Senior Leaving Certificate Examination (including Day School Certificate (Higher) General paper), 1948
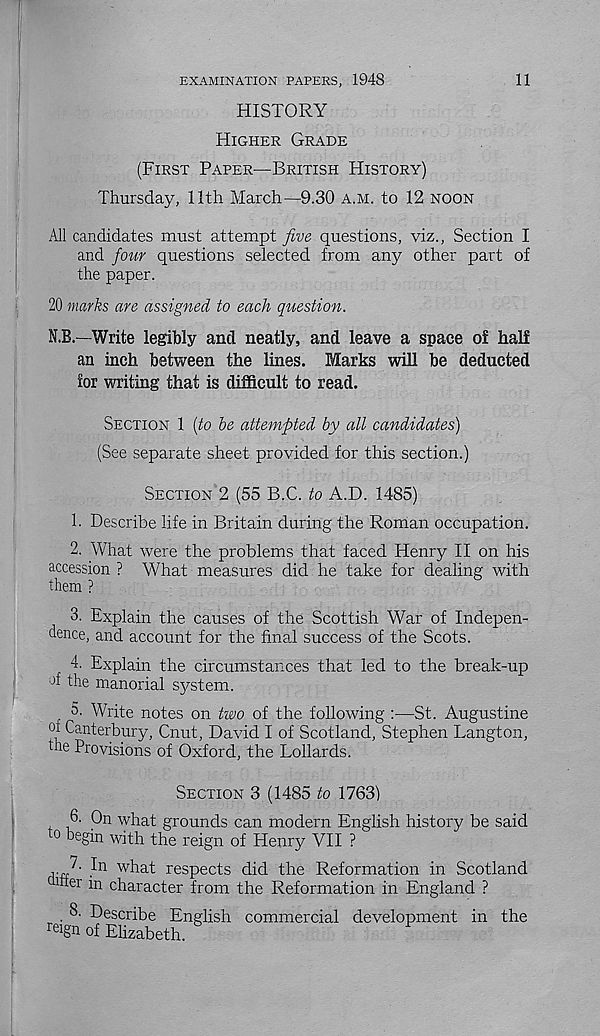
11
EXAMINATION PAPERS, 1948
HISTORY
HIGHER GRADE
(FIRST PAPER—BRITISH HISTORY)
Thursday, 11th March—9.30 A.M. to 12 NOON
All candidates must attempt five questions, viz., Section I
and four questions selected from any other part of
the paper.
20 marks are assigned to each question.
N.B.—Write legibly and neatly, and leave a space of half
an inch between the lines. Marks will be deducted
for writing that is difficult to read.
SECTION 1 (to be attempted by all candidates)
(See separate sheet provided for this section.)
SECTION 2 (55 B.C. to A.D. 1485)
1. Describe life in Britain during the Roman occupation.
2. What were the problems that faced Henry II on his
accession ? What measures did he take for dealing with
them ?
3. Explain the causes of the Scottish War of Indepen-
dence, and account for the final success of the Scots.
4. Explain the circumstances that led to the break-up
the manorial sj^stem.
. 5. Write notes on two of the following :—St. Augustine
°i Canterbury, Cnut, David I of Scotland, Stephen Langton,
the Provisions of Oxford, the Lollards.
SECTION 3 (1485 to 1763)
6. On what grounds can modern English history be said
to begin with the reign of Henry VII ?
7. In what respects did the Reformation in Scotland
ittei in character from the Reformation in England ?
. 8. Describe English commercial development in the
rei gn of Elizabeth.